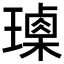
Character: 𤩰